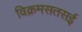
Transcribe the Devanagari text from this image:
विक्रमसतसई